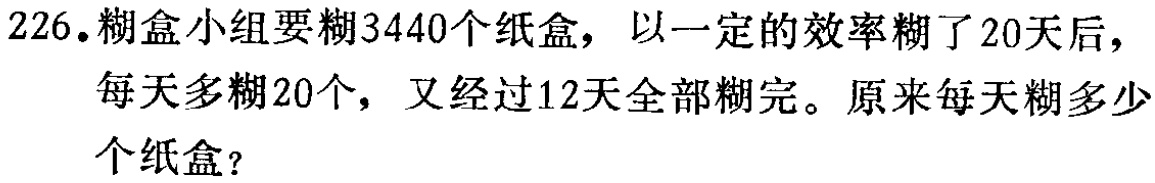
226.糊盒小组要糊3440个纸盒，以一定的效率糊了20天后，每天多糊20个，又经过12天全部糊完。原来每天糊多少个纸盒？